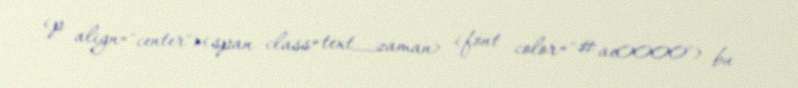
<p align="center"><span class=text_zaman> <font color="#ae0000"> bu